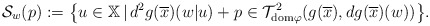
\begin{align*} \mathcal{S}_{w}(p):=\big\{u\in\mathbb{X}\,|\, d^2g(\overline{x})(w|u)+p\in\mathcal{T}_{{\rm dom}\varphi}^2(g(\overline{x}),dg(\overline{x})(w))\big\}. \end{align*}